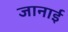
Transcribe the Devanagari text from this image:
जानाई